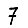
Digit: 7